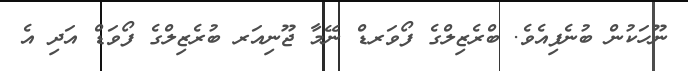
ނޫހަކުން ބުނެފިއެވެ. ބްރެޒިލްގެ ފޯވަރޑް ނޭމާ ޖޫނިއަރ ބުރެޒިލްގެ ފޯވަޑް އަދި އެ